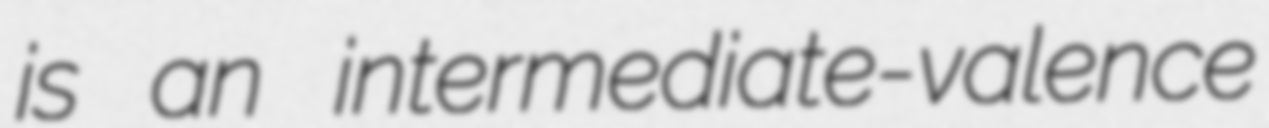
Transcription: is an intermediate-valence